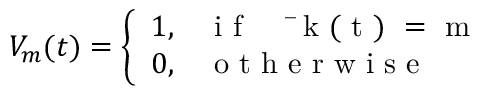
V _ { m } ( t ) = \left\{ \begin{array} { l l } { 1 , } & { \mathrm { ~ i ~ f ~ ~ ~ ~ ~ \bar { ~ } k ~ ( ~ t ~ ) ~ = ~ m ~ } } \\ { 0 , } & { \mathrm { ~ o ~ t ~ h ~ e ~ r ~ w ~ i ~ s ~ e ~ } } \end{array} \right.